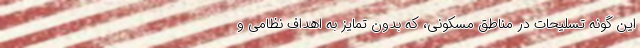
این گونه تسلیحات در مناطق مسکونی، که بدون تمایز به اهداف نظامی و